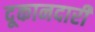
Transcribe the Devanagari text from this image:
दूकानदारी